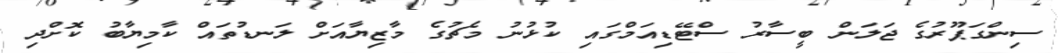
ސިންގަޕޫރުގެ ޖަލަން ބީސާރު ސްޓޭޑިއަމްގައި ކުޅުނު މެޗުގެ މާޒިޔާއަށް ލަނޑުތައް ކާމިޔާބު ކޮށްދި